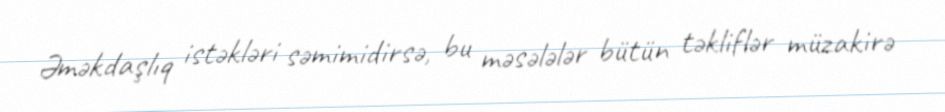
Əməkdaşlıq istəkləri səmimidirsə, bu məsələlər bütün təkliflər müzakirə